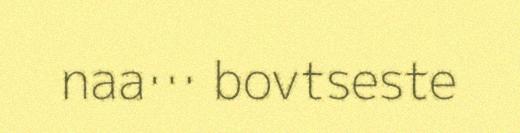
naa… bovtseste